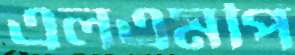
এলএমপি